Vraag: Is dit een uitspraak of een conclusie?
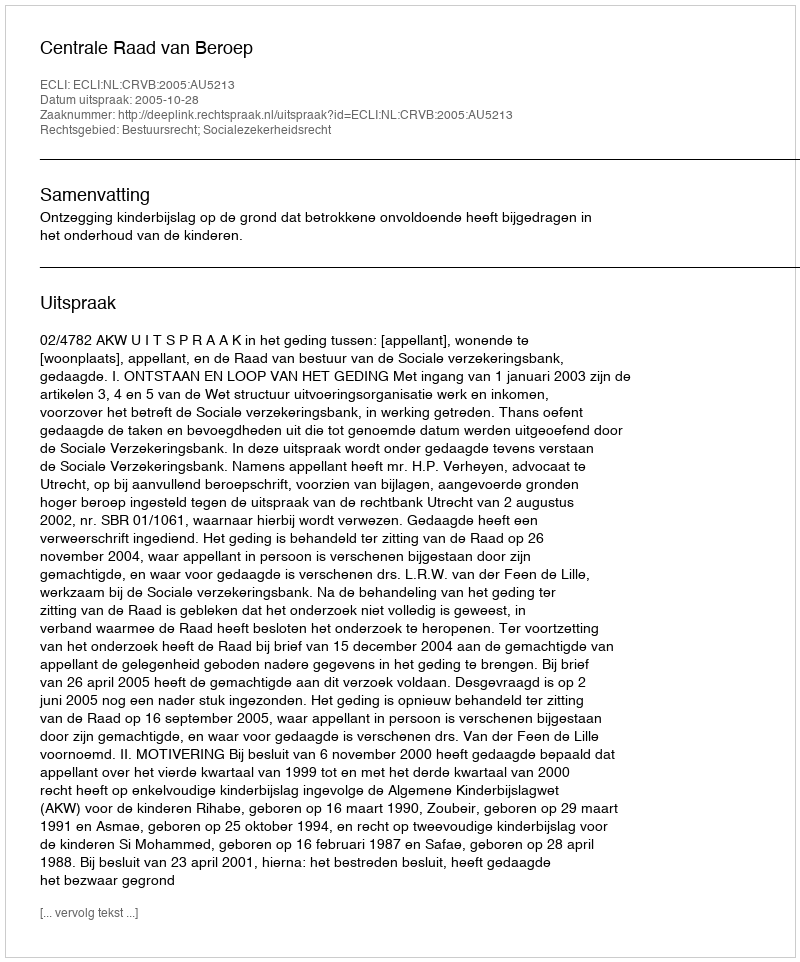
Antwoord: Uitspraak